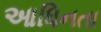
આધિનતા